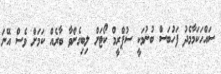
ސައްހަކަމާމެދު ފަހުބަސް ބުނުމަކީ ސުޕްރީމް ކޯޓަށް ލިބިގެންވާ ބާރެއް ކަމަށް ވެސް އޭނަ